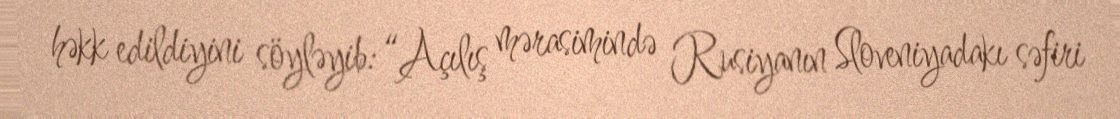
həkk edildiyini söyləyib: “Açılış mərasimində Rusiyanın Sloveniyadakı səfiri